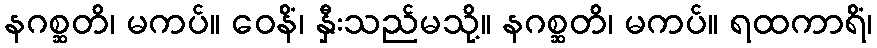
နဂစ္ဆတိ၊ မကပ်။ ဝေနိံ၊ နှီးသည်မသို့။ နဂစ္ဆတိ၊ မကပ်။ ရထကာရိံ၊